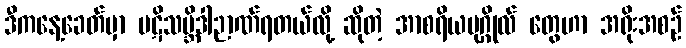
ဒီကနေ့ခေတ်မှာ ပဋိသမ္ဘိဒါဉာဏ်ရတယ်လို့ ဆိုတဲ့ အာစရိယပုဂ္ဂိုလ် တွေဟာ အရိုးအစဉ်